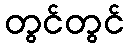
တွင်တွင်